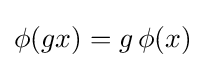
\phi (gx)=g\,\phi (x)